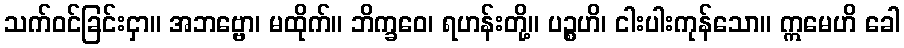
သက်ဝင်ခြင်းငှာ။ အဘဗ္ဗော၊ မထိုက်။ ဘိက္ခဝေ၊ ရဟန်းတို့။ ပဉ္စဟိ၊ ငါးပါးကုန်သော။ ဣမေဟိ ခေါ